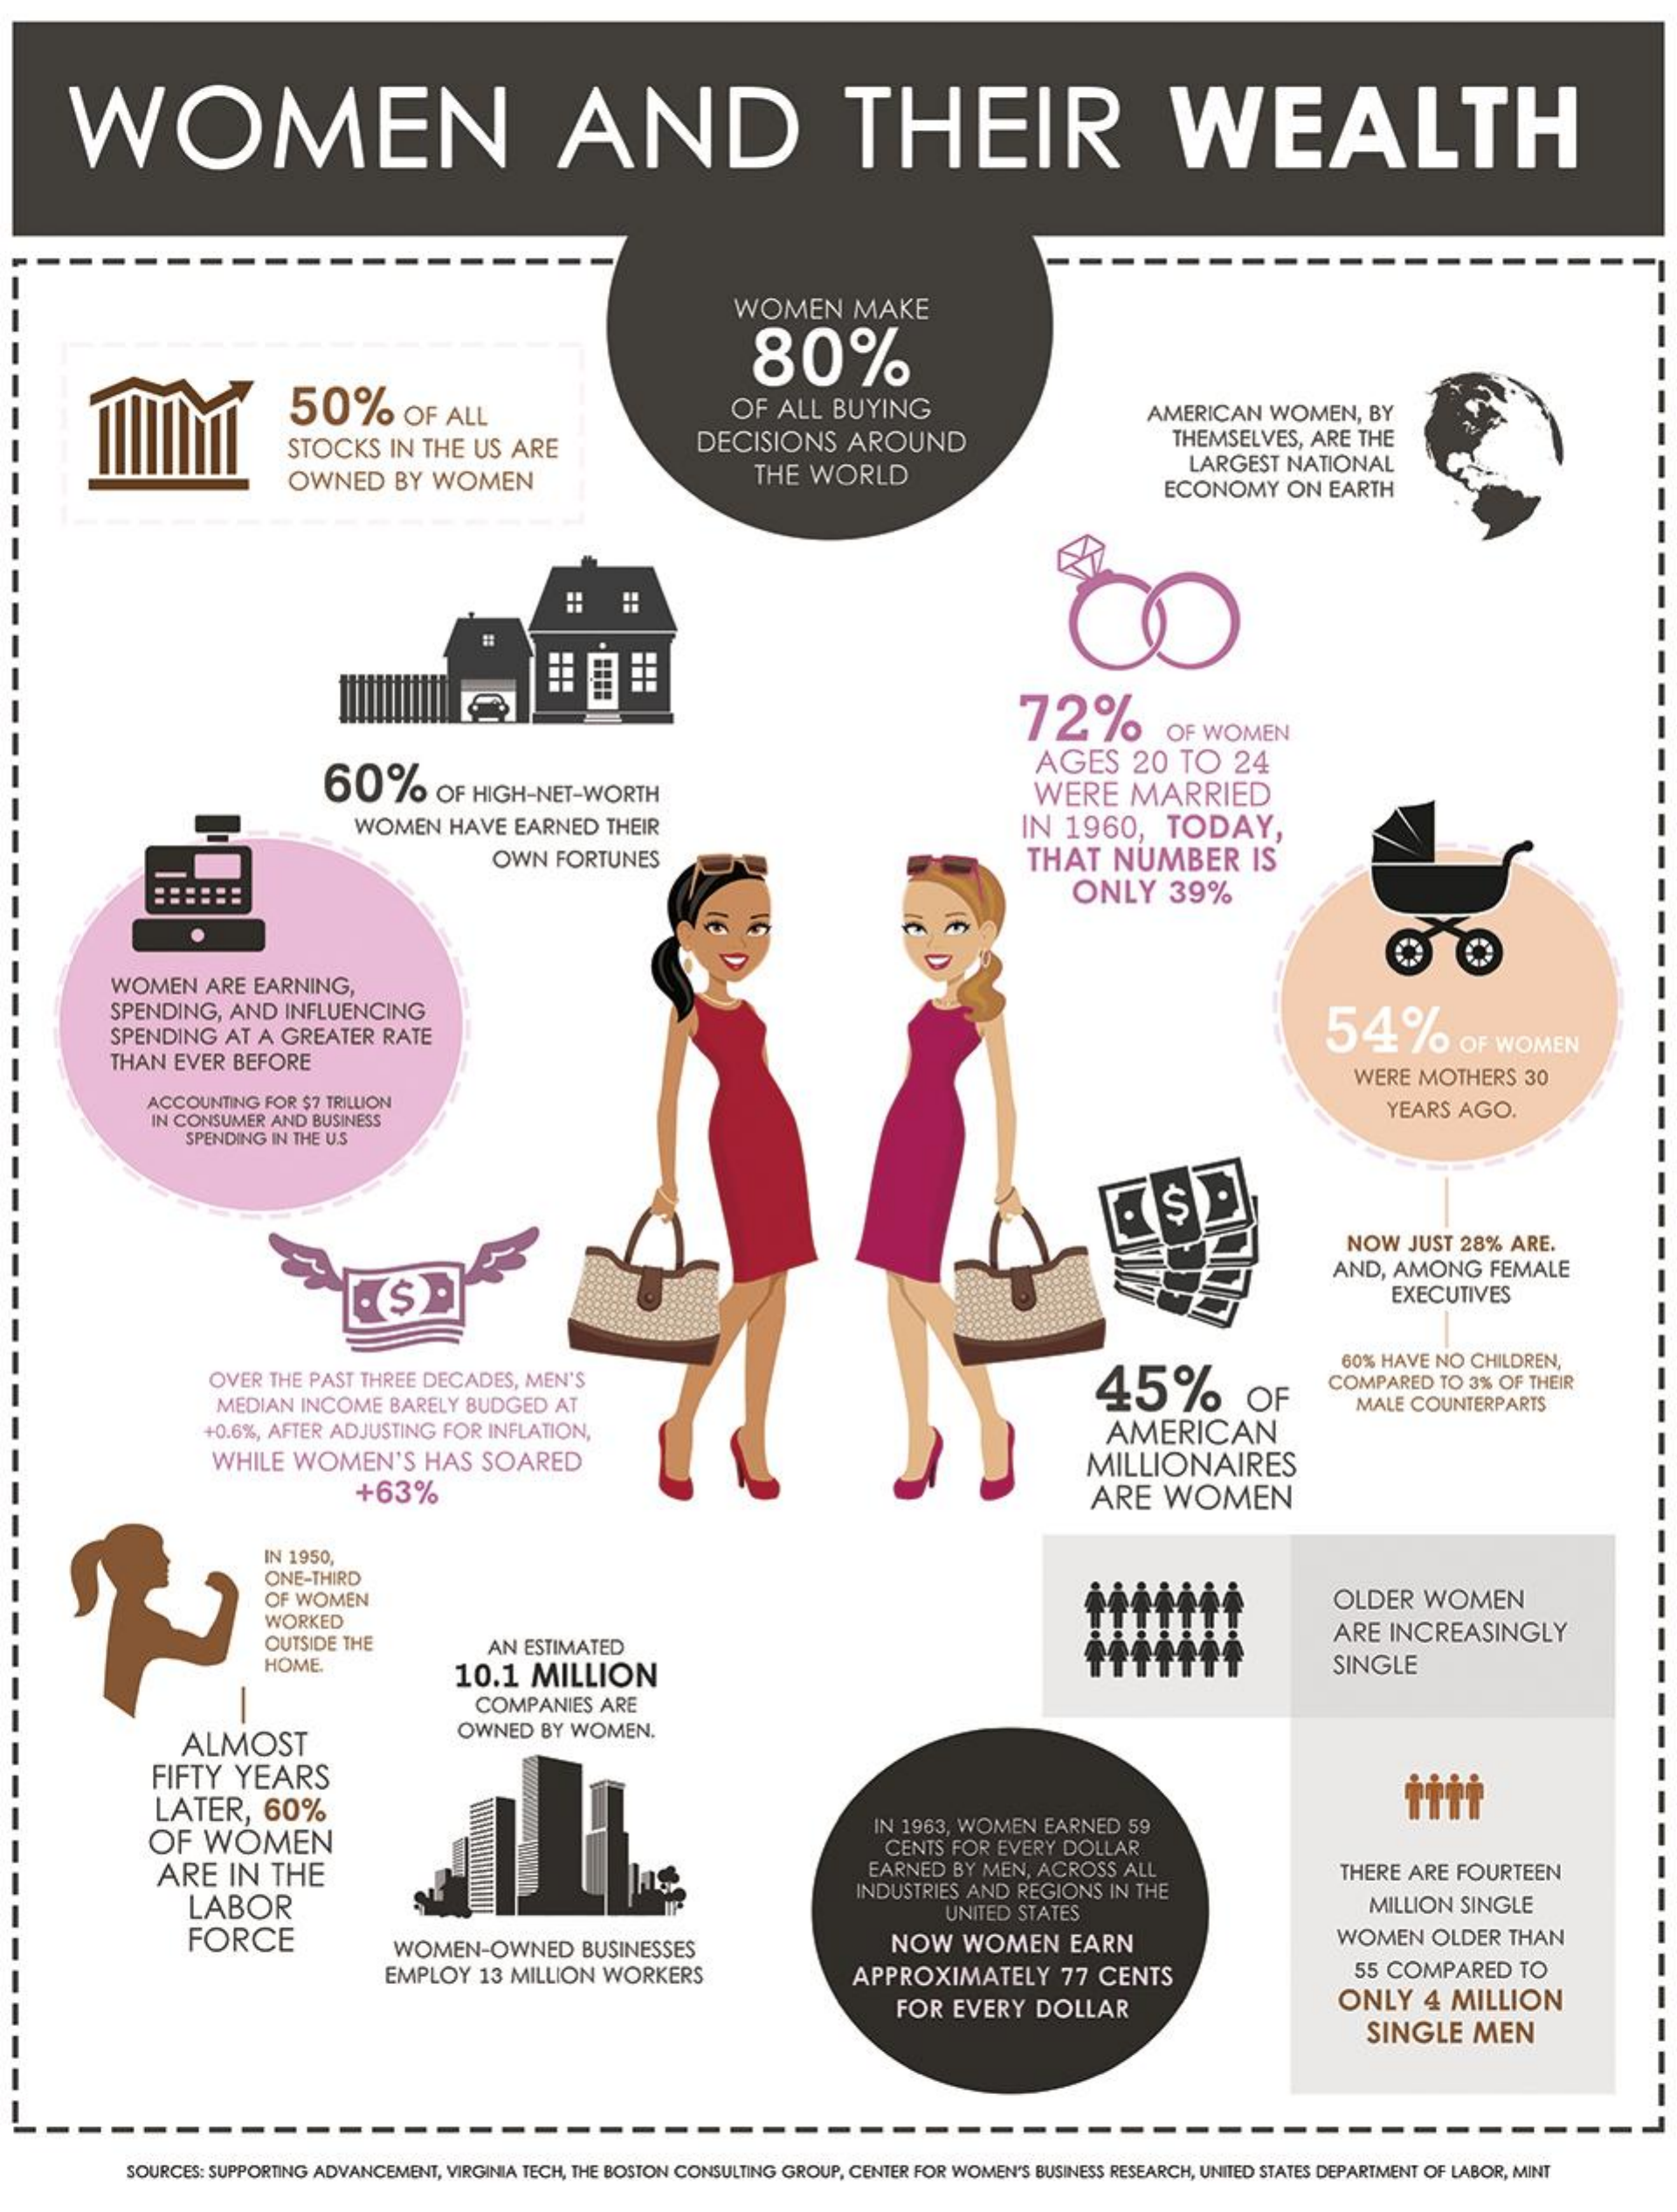
WOMEN    AND    THEIR    WEALTH
     WOMEN    MAKE
     80%
     50%    OF  ALL    OF ALL  BUYING
     DECISIONS    AROUND
     AMERICAN    WOMEN,   BY
     STOCKS    IN THE  US ARE
     THEMSELVES,  ARE THE
     OWNED    BY  WOMEN    THE  WORLD    LARGEST   NATIONAL
     ECONOMY    ON  EARTH
     推   用  出
     72%    OF WOMEN
     60%    OF HIGH-NET-WORTH
     AGES    20  TO    24
     WERE    MARRIED
     WOMEN   HAVE   EARNED  THEIR    IN 1960,    TODAY,
     OWN  FORTUNES    THAT    NUMBER    IS
     ONLY    39%
     WOMEN   ARE  EARNING,
     SPENDING,  AND  INFLUENCING
     54%    OF WOMEN SPENDING AT A GREATER RATE
     THAN EVER  BEFORE
     WERE  MOTHERS   30
     ACCOUNTING FOR $7 TRILLION
     IN CONSUMER AND BUSINESS
     YEARS  AGO.
     SPENDING IN THE U.S
     NOW   JUST 28%  ARE.
     AND,  AMONG    FEMALE
     EXECUTIVES
     OVER THE PAST THREE DECADES,  MEN'S    45%    OF
     60% HAVE NO CHILDREN,
     COMPARED  TO 3% OF THEIR
     MEDIAN  INCOME  BARELY BUDGED   AT    MALE COUNTERPARTS
     +0.6%, AFTER ADJUSTING FOR INFLATION,
     WHILE   WOMEN'S    HAS   SOARED
     AMERICAN
     +63%
     MILLIONAIRES
     ARE    WOMEN
     IN 1950,
     ONE-THIRD
     OF WOMEN    OLDER   WOMEN
     WORKED
     OUTSIDE THE    AN ESTIMATED
     ARE  INCREASINGLY
     HOME.
     10.1   MILLION    SINGLE
     COMPANIES   ARE
     ALMOST
     OWNED  BY WOMEN.
     FIFTY  YEARS
     LATER,    60%
     OF   WOMEN
     IN 1963, WOMEN  EARNED  59
     ARE    IN  THE
     CENTS FOR EVERY DOLLAR
     EARNED  BY MEN, ACROSS  ALL    THERE ARE FOURTEEN
     LABOR
     INDUSTRIES AND REGIONS  IN THE
     FORCE
     UNITED STATES    MILLION  SINGLE
     WOMEN-OWNED    BUSINESSES    NOW    WOMEN    EARN    WOMEN    OLDER  THAN
     EMPLOY  13 MILLION  WORKERS    APPROXIMATELY    77  CENTS    55 COMPARED    TO
     FOR  EVERY   DOLLAR    ONLY   4  MILLION
     SINGLE    MEN
     SOURCES: SUPPORTING ADVANCEMENT, VIRGINIA TECH, THE BOSTON CONSULTING GROUP, CENTER FOR WOMEN'S BUSINESS RESEARCH, UNITED STATES DEPARTMENT OF LABOR, MINT